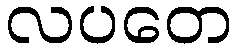
လပတေ